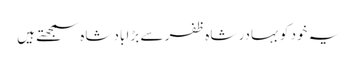
یہ خود کو بہادر شاہ ظفر سے بڑا بادشاہ سمجھتے ہیں